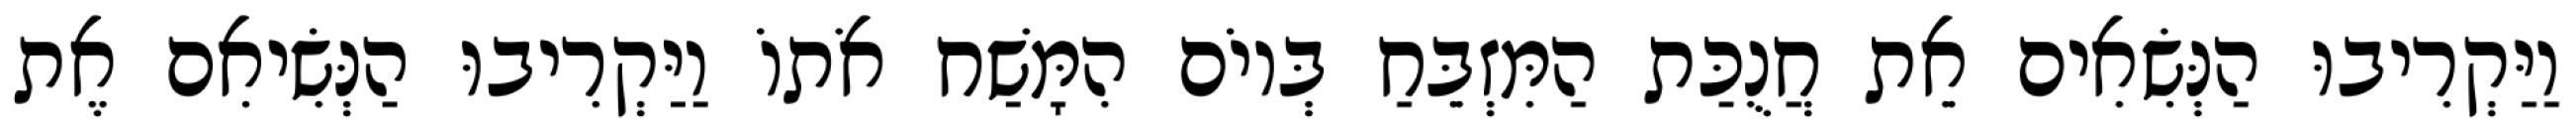
וַיַּקְרִיבוּ הַנְּשִׂאִים אֵת חֲנֻכַּת הַמִּזְבֵּחַ בְּיוֹם הִמָּשַׁח אֹתוֹ וַיַּקְרִיבוּ הַנְּשִׂיאִם אֶת